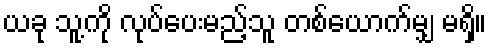
ယခု သူ့ကို လုပ်ပေးမည့်သူ တစ်ယောက်မျှ မရှိ။